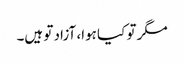
مگر تو کیا ہوا، آزاد تو ہیں۔